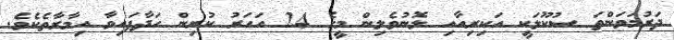
ދަރުމަވަންތަ ސުކޫލަކީ އަކިރިއާއި ލޮނުވެލިން މީގެ 24 އަހަރު ކުރިން ހަދާފައިވާ އިމާރާތެކެވެ.